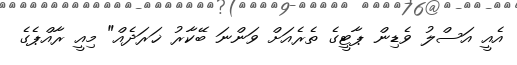
އެއީ އަސްލު ވެޑިން ޕާޓީގެ ތެރެއަށް ވަންނަ ބޭކާރު ޚަރަދެއް" މިއީ ރާއްޕެގެ